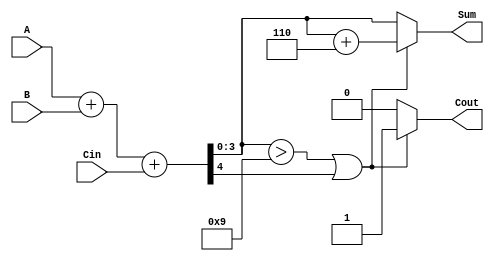
module BCD_Adder (
    input [3:0] A,      // First BCD digit
    input [3:0] B,      // Second BCD digit
    input Cin,          // Carry-in
    output reg [3:0] Sum, // BCD Sum output
    output reg Cout      // Carry-out
);

    wire [4:0] temp_sum; // 5-bit sum to accommodate carry
    wire correction_needed; // Flag for BCD correction

    // Step 1: Perform the addition of A, B, and Cin
    assign temp_sum = A + B + Cin;

    // Step 2: Determine if correction is needed
    assign correction_needed = (temp_sum[3:0] > 4'b1001) || temp_sum[4];

    // Step 3: Generate the final outputs
    always @(*) begin
        if (correction_needed) begin
            // If correction is needed, add 6 to the sum
            Sum = temp_sum + 5'b00110; // 6 in binary
            Cout = 1'b1; // Set carry-out
        end else begin
            Sum = temp_sum[3:0]; // Use the lower 4 bits as the sum
            Cout = 1'b0; // No carry-out
        end
    end

endmodule